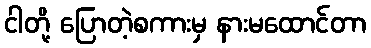
ငါတို့ ပြောတဲ့စကားမှ နားမထောင်တာ